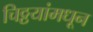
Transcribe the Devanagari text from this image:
चिठ्ठयांमधून